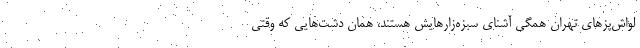
لواش‌پزهاي تهران همگي آشناي سبزه‌زارهايش هستند، همان دشت‌هايي كه وقتي